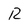
Character: R